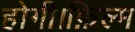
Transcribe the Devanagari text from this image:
होगी।फ़िल्म